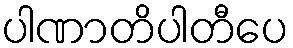
ပါဏာတိပါတီပေ